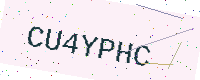
Text: CU4YPHC